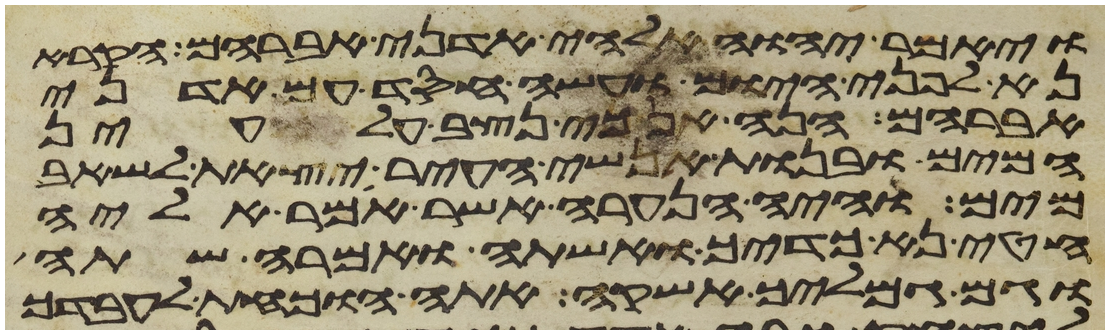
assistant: ויאמר יהוה אלהי אדני אברהם הקרא
נא לפני היום ועשה חסד עם אדני
אברהם הנה אנכי נצב על עין
המים ובנות אנשי העיר יצאת לשאב
מים והיה הנערה אשר אמר אליה
הטני כדך ואשתה ואמרה שתה
וגם גמליך אשקה אתה הוכחת לעבדך